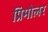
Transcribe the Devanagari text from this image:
प्रिमोलर